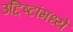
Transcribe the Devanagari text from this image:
उद्दिष्टांमध्ये